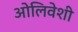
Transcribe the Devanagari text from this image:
ओलिवेशी